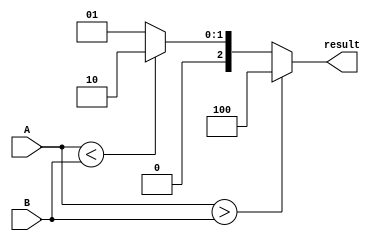
module ParameterizedComparator #(parameter N = 8) (
    input  [N-1:0] A,  // Input A
    input  [N-1:0] B,  // Input B
    output reg [2:0] result // Output: 3-bit result
);

// Comparison logic
always @(A, B) begin
    if (A > B) begin
        result = 3'b100; // A > B
    end else if (A < B) begin
        result = 3'b010; // A < B
    end else begin
        result = 3'b001; // A == B
    end
end

endmodule